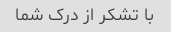
با تشکر از درک شما